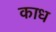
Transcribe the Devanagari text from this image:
काध